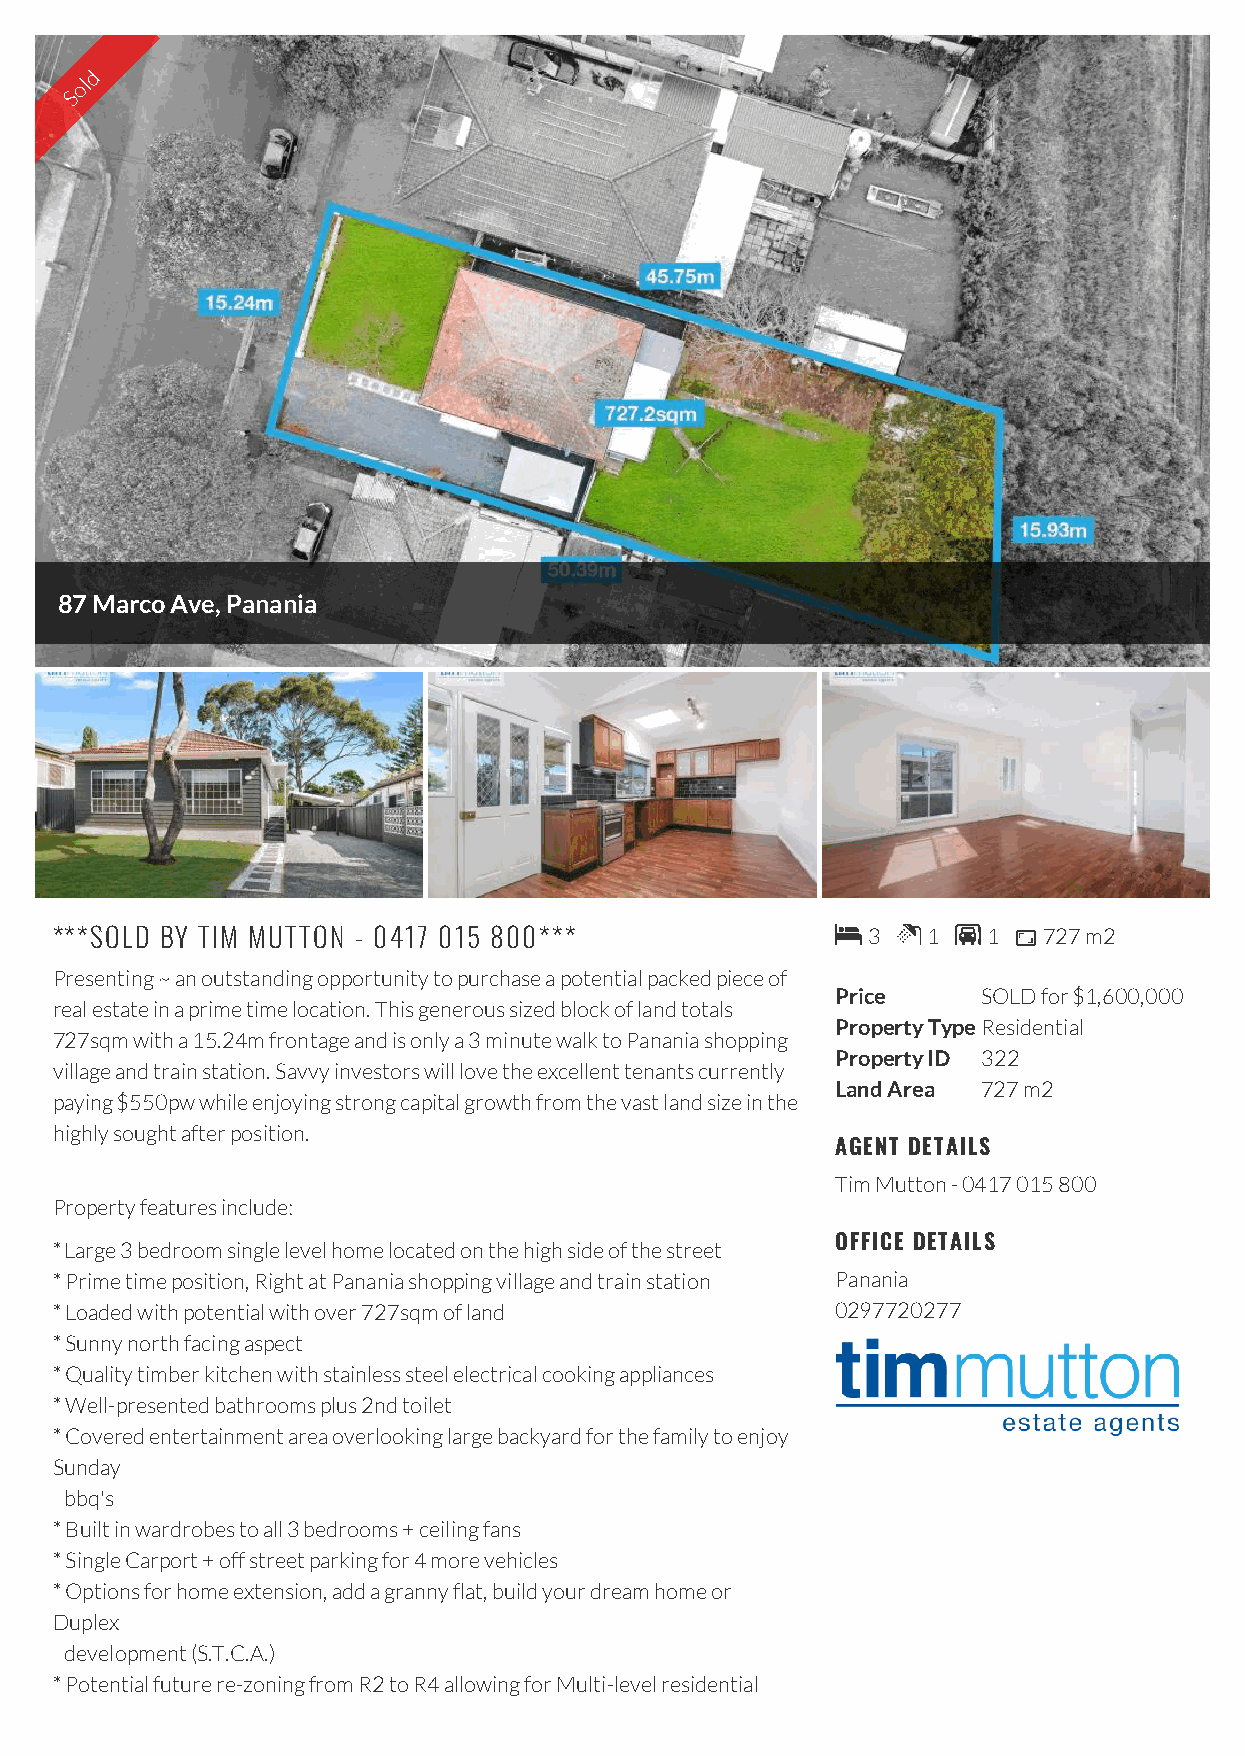
d
 ol
 S
 87 Marco Ave, Panania
 ***SOLD BY TIM MUTTON - 0417 015 800***              3  1  1  727 m2
 Presenting ~ an outstanding opportunity to purchase a potential packed piece of
 Price     SOLD for $1,600,000
 real estate in a prime time location. This generous sized block of land totals
 Property TypeResidential
 727sqm with a 15.24m frontage and is only a 3 minute walk to Panania shopping
 Property ID 322
 village and train station. Savvy investors will love the excellent tenants currently
 Land Area 727 m2
 paying $550pw while enjoying strong capital growth from the vast land size in the
 highly sought after position.
 AGENT DETAILS
 Tim Mutton - 0417 015 800
 Property features include:
 OFFICE DETAILS
 * Large 3 bedroom single level home located on the high side of the street
 * Prime time position, Right at Panania shopping village and train station Panania
 * Loaded with potential with over 727sqm of land    0297720277
 * Sunny north facing aspect
 * Quality timber kitchen with stainless steel electrical cooking appliances
 * Well-presented bathrooms plus 2nd toilet
 * Covered entertainment area overlooking large backyard for the family to enjoy
 Sunday
 bbq's
 * Built in wardrobes to all 3 bedrooms + ceiling fans
 * Single Carport + off street parking for 4 more vehicles
 * Options for home extension, add a granny flat, build your dream home or
 Duplex
 development (S.T.C.A.)
 * Potential future re-zoning from R2 to R4 allowing for Multi-level residential